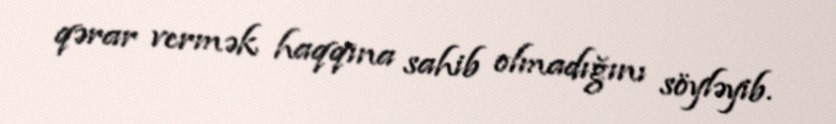
qərar vermək haqqına sahib olmadığını söyləyib.